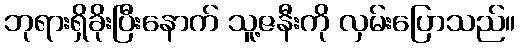
ဘုရားရှိခိုးပြီးနောက် သူ့ဇနီးကို လှမ်းပြောသည်။